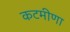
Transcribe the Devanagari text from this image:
कटमीणा